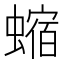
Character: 𧐴